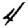
Digit: 4